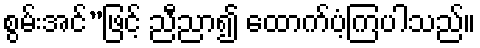
စွမ်းအင်”ဖြင့် ညီညာ၍ ထောက်ပံ့ကြပါသည်။